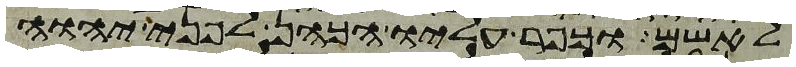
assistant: לאשם וכפר עליו הכהן לפני יהוה